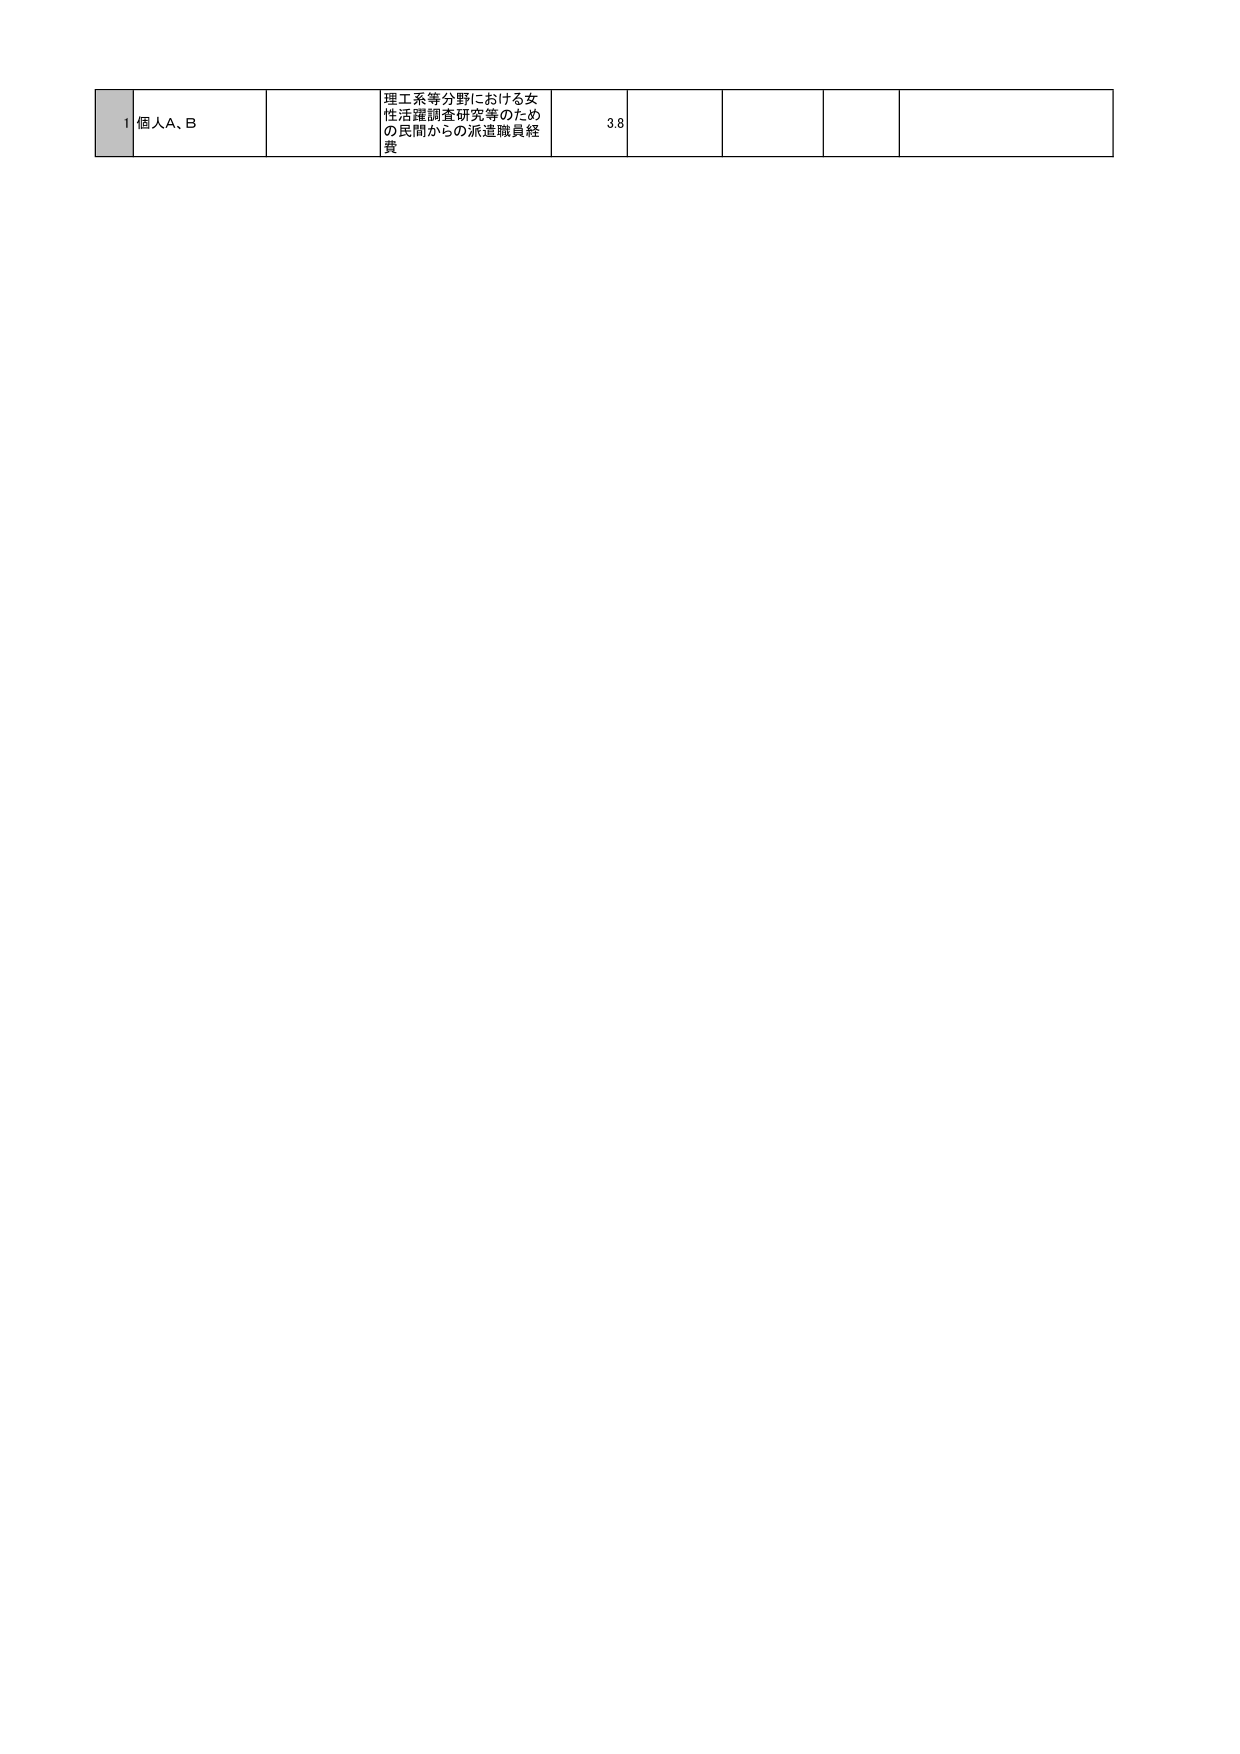
1 個人A、B
理工系等分野における女性活躍調査研究等のための民間からの派遣職員経費
3.8